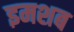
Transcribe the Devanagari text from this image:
इमशब